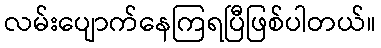
လမ်းပျောက်နေကြရပြီဖြစ်ပါတယ်။